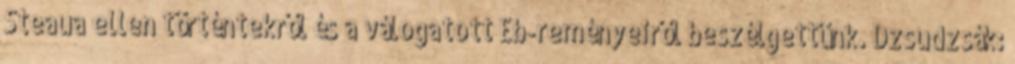
Steaua ellen történtekről és a válogatott Eb-reményeiről beszélgettünk. Dzsudzsák: